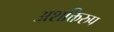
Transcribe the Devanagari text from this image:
अशक्तिरुप